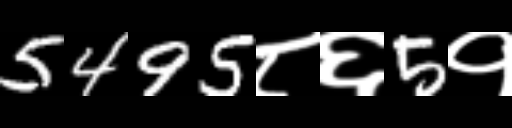
Text: 5495८६5१